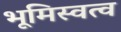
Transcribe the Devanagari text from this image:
भूमिस्वत्व